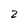
Character: 2